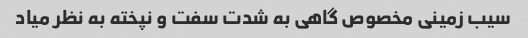
سیب زمینی مخصوص گاهی به شدت سفت و نپخته به نظر میاد